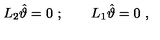
L _ { 2 } \hat { \vartheta } = 0 \ ; \qquad L _ { 1 } \hat { \vartheta } = 0 \ ,